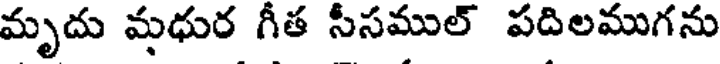
మృదు మధుర గీత సీసముల్ పదిలముగను